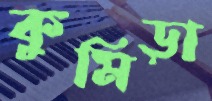
কুমিড়া